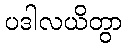
ပဒါလယိတွာ